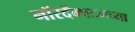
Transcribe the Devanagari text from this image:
नॉरदॅम्पटनच्या